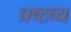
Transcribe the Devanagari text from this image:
प्रष्टव्य